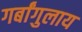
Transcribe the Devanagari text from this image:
गर्बांगुलाय